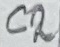
Text: C2